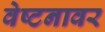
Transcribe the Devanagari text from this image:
वेष्टनावर